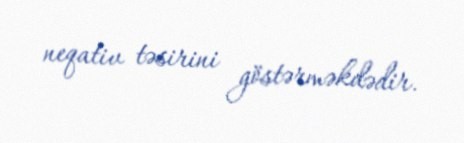
neqativ təsirini göstərməkdədir.